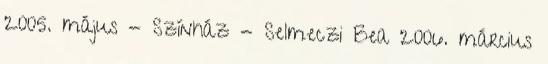
2005. május - Színház - Selmeczi Bea 2006. március